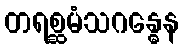
တရစ္ဆမံသဂန္ဓေန